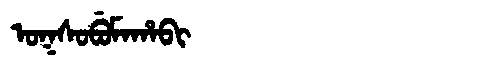
Manchu: ᠣᡴᠰᠣᠪᡠᠮᠠᡥᠠᠪᡳ
Romanization: OKSOBUMAHABI